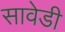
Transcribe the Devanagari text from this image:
सावेडी